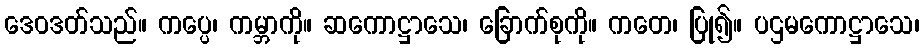
ဒေဝဒတ်သည်။ ကပ္ပေ၊ ကမ္ဘာကို။ ဆကောဋ္ဌာသေ၊ ခြောက်စုကို။ ကတေ၊ ပြု၍။ ပဌမကောဋ္ဌာသေ၊